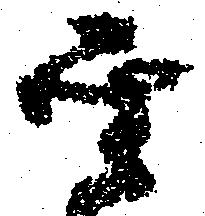
聖